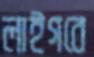
লাইগবে